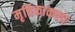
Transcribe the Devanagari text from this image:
मृत्तिकाकला